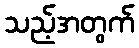
သည့်အတွက်